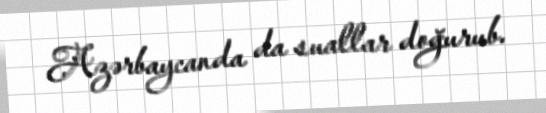
Azərbaycanda da suallar doğurub.